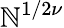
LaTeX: \mathbb{N}^{1/2\nu}